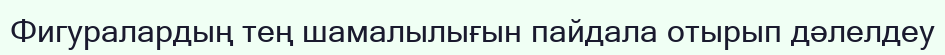
Фигуралардың тең шамалылығын пайдала отырып дәлелдеу